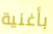
بأغنية